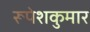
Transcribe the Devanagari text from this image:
रूपेशकुमार